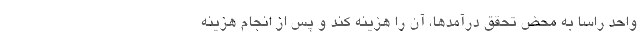
واحد راسا به محض تحقق درآمدها، آن را هزینه کند و پس از انجام هزینه